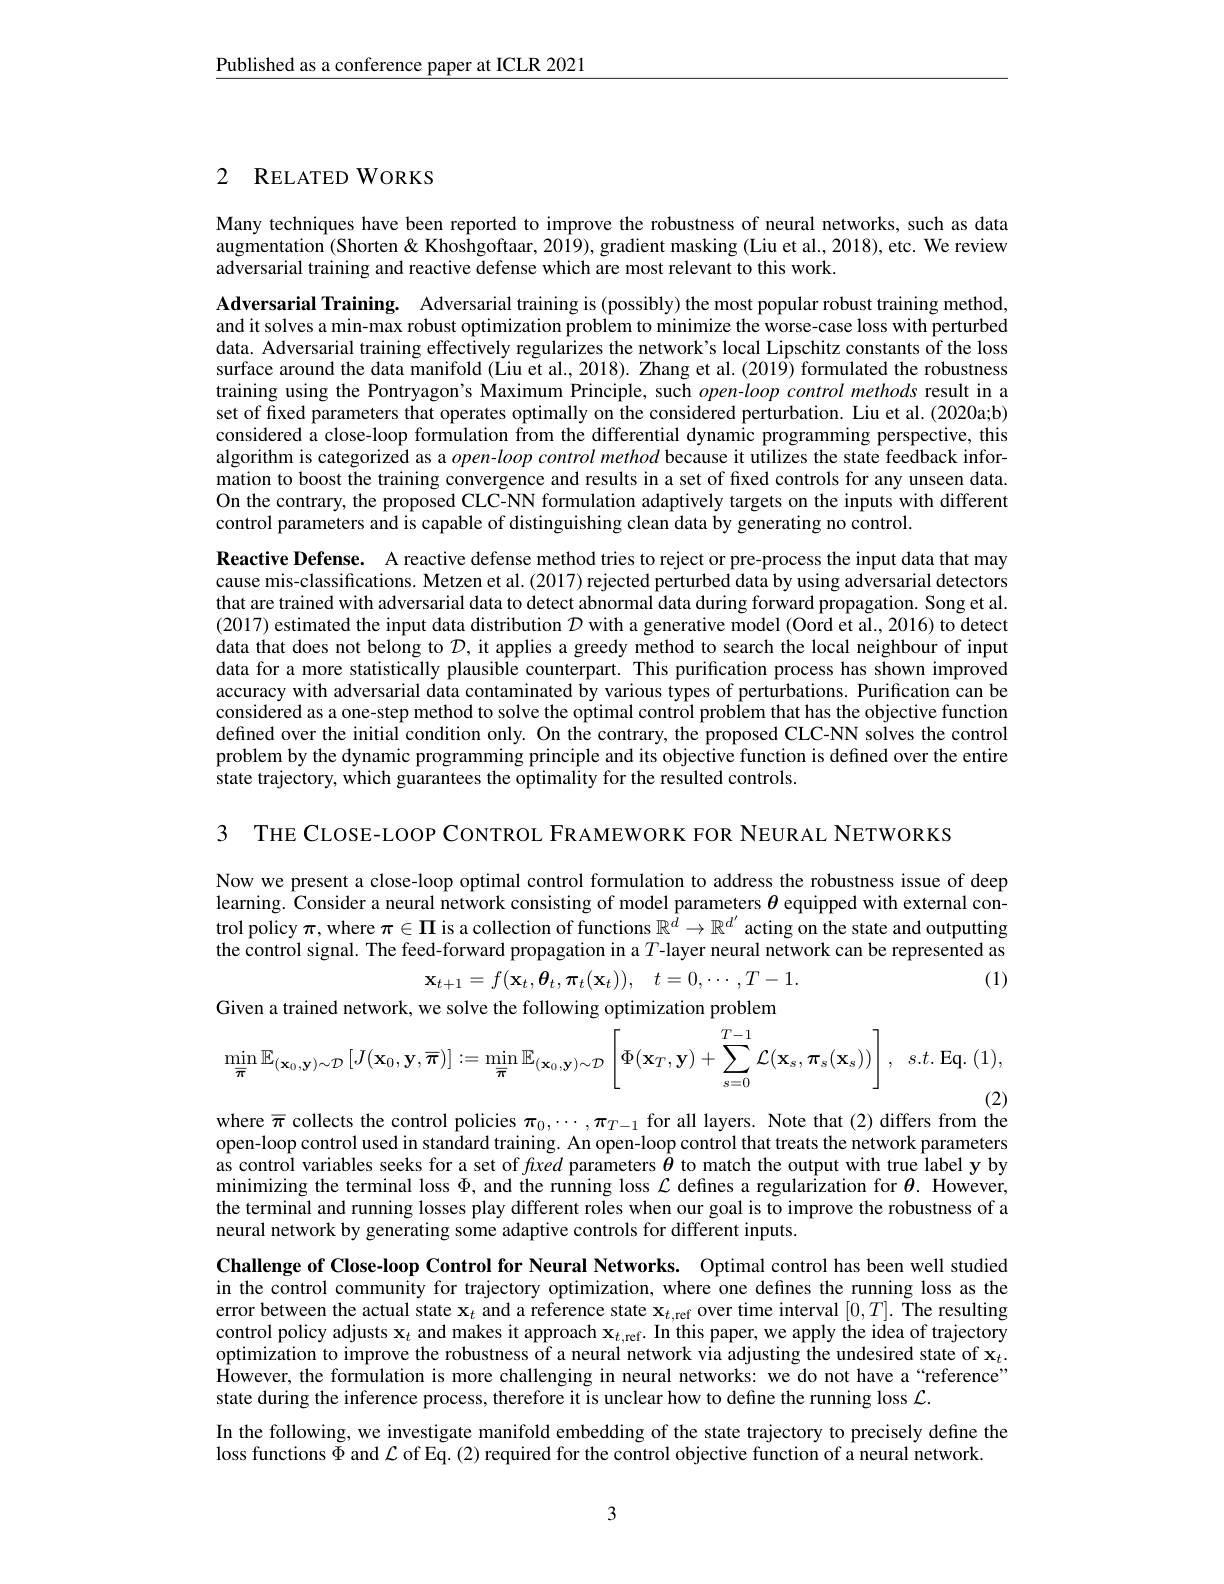
$\underline{\text{Published as a conference paper at ICLR 2021}}$

# 2 RELATED WORKS

Many techniques have been reported to improve the robustness of neural networks, such as data augmentation (Shorten& Khoshgoftaar, 2019), gradient masking (Liu et al., 2018), etc. We review adversarial training and reactive defense which are most relevant to this work.

Adversarial Training. Adversarial training is (possibly) the most popular robust training method, and it solves a min-max robust optimization problem to minimize the worse-case loss with perturbed data. Adversarial training effectively regularizes the network's local Lipschitz constants of the loss surface around the data manifold (Liu et al., 2018). Zhang et al. (2019) formulated the robustness training using the Pontryagon's Maximum Principle, such $open-loop$ control methods result in a set of fixed parameters that operates optimally on the considered perturbation. Liu et al.(2020a;b) considered a close-loop formulation from the differential dynamic programming perspective, this algorithm is categorized as a $open-loop$ control method because it utilizes the state feedback information to boost the training convergence and results in a set of fixed controls for any unseen data. On the contrary, the proposed CLC-NN formulation adaptively targets on the inputs with different control parameters and is capable of distinguishing clean data by generating no control.
Reactive Defense. A reactive defense method tries to reject or pre-process the input data that may cause mis-classifications. Metzen et al. (2017) rejected perturbed data by using adversarial detectors that are trained with adversarial data to detect abnormal data during forward propagation. Song et al. (2017) estimated the input data distribution $\mathcal{D}$ with a generative model (Oord et al., 2016) to detect data that does not belong to $\mathcal{D}$, it applies a greedy method to search the local neighbour of input data for a more statistically plausible counterpart. This purification process has shown improved accuracy with adversarial data contaminated by various types of perturbations. Purification can be considered as a one-step method to solve the optimal contrôl problem that hat has the objective function defined over the initial condition only. On the contrary, the proposed CLC-NN solves the control problem by the dynamic programming principle and its objective function is defined over the entire state trajectory, which guarantees the optimality for the resulted controls.

3 THE CLOSE-LOOP CONTROL FRAMEWORK FOR NEURAL NETWORKS

Now we present a close-loop optimal control formulation to address the robustness issue of deep learning. Consider a neural network consisting of model parameters $\theta$ equipped with external control policy $\pi$, where $\pi\in\Pi$ is a collection of functions $\mathbb{R}^{\hat{d}}\to\mathbb{R}^{d^{\prime}}$ acting on the state and outputting the control signal. The feed-forward propagation in a $T$-layer neural network can be represented as
(1)
$$\mathbf{x}_{t+1}=f(\mathbf{x}_{t},\boldsymbol{\theta}_{t},\boldsymbol{\pi}_{t}(\mathbf{x}_{t})),\quad t=0,\cdots,T-1.$$
Given a trained network, we solve the following optimization problem
$$\min_{\overline{\pi}}\mathbb{E}_{(\mathbf{x}_{0},\mathbf{y})\sim\mathcal{D}}\left[J(\mathbf{x}_{0},\mathbf{y},\overline{\pi})\right]:=\min_{\overline{\pi}}\mathbb{E}_{(\mathbf{x}_{0},\mathbf{y})\sim\mathcal{D}}\left[\Phi(\mathbf{x}_{T},\mathbf{y})+\sum_{s=0}^{T-1}\mathcal{L}(\mathbf{x}_{s},\boldsymbol{\pi}_{s}(\mathbf{x}_{s}))\right],$$
(2)
where $\overline{\pi}$ collects the control policies $\pi_0,\cdots,\pi_{T-1}$ for all layers. Note that (2) differs from the

open-loop control used in standard training. An open-loop control that treats the network parameters as control variables seeks for a set of $f\iota xed$ parameters $\theta$ to match the output with true label y by minimizing the terminal loss $\Phi $,and the running loss$\mathcal{L}$ defines a regularization for $\theta.$ However, the terminal and running losses play different roles when our goal is to improve the robustness of a neural network by generating some adaptive controls for different inputs.

Challenge of Close-loop Control for Neural Networks. Optimal control has been well studied in the control community for trajectory optimization, where one defines the running loss as the error between the actual state $\mathbf{x}_t$ and a reference state $\mathbf{x} _t$,ref over time interval $[0,T].$ The resulting control policy adjusts $\mathbf{x}_t$ and makes it approach $\mathbf{x} _t$,ref. In this paper, we apply the idea of trajectory optimization to improve the robustness of a neural network via adjusting the undesired state of $\mathbf{x}_t.$ However, the formulation is more challenging in neural networks: we do not have a“reference” state during the inference process, therefore it is unclear how to define the running loss $\mathcal{L}.$
In the following, we investigate manifold embedding of the state trajectory to precisely define the
loss functions $\Phi$ and $\mathcal{L}$ of Eq. (2) required for the control objective function of a neural network.

3